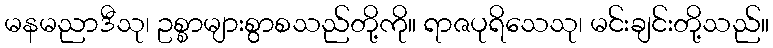
မနမညာဒီသု၊ ဥစ္စာများစွာစသည်တို့ကို။ ရာဇပုရိသေသု၊ မင်းချင်းတို့သည်။